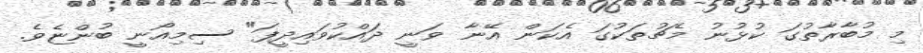
މި މުބާރާތުގަ ކުޅުނު މެޗުތަކުގަ އެކަން އޭނާ ވަނީ ދައްކުވައިދީފަ" ސިމިއޯނީ ބުންޏެވެ.